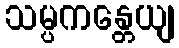
သမ္ပကန္တေယျ